Civil Veterinary Department. United Provinces 1932-42 - 1932-1942
Year: 1932
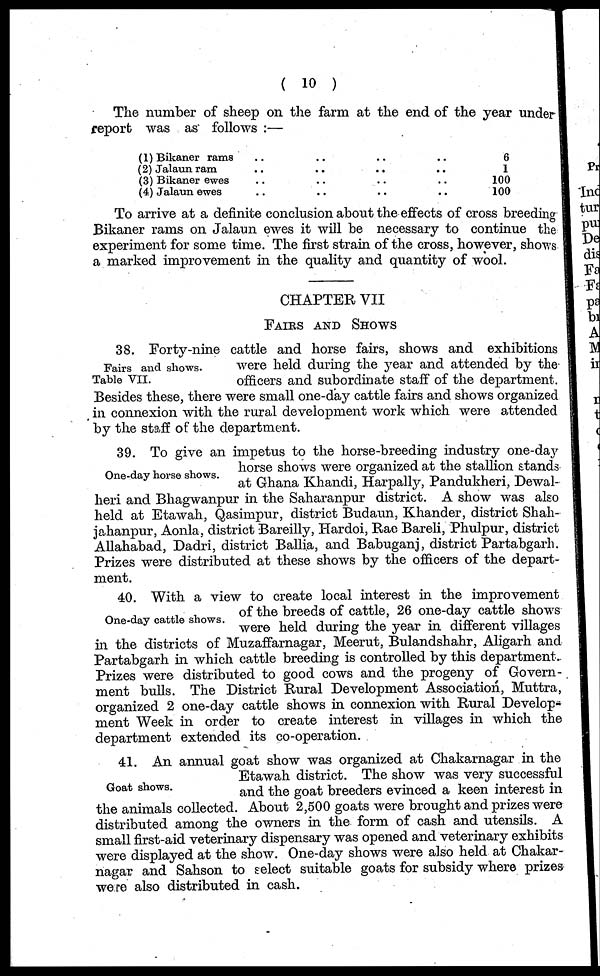
( 10 )
The number of sheep on the farm at the end of the year under
report was as follows:—
(1) Bikaner rams .. .. .. ..
(2) Jalaun ram .. .. .. ..
(3) Bikaner ewes .. .. .. ..
(4) Jalaun ewes .. .. .. ..
6
1
100
100
To arrive at a definite conclusion about the effects of cross breeding
Bikaner rams on Jalaun ewes it will be necessary to continue the
experiment for some time. The first strain of the cross, however, shows
a marked improvement in the quality and quantity of wool.
CHAPTER VII
FAIRS AND SHOWS
Fairs and shows.
Table VII.
38. Forty-nine cattle and horse fairs, shows and exhibitions
were held during the year and attended by the
officers and subordinate staff of the department.
Besides these, there were small one-day cattle fairs and shows organized
in connexion with the rural development work which were attended
by the staff of the department.
One-day horse shows.
39. To give an impetus to the horse-breeding industry one-day
horse shows were organized at the stallion stands
at Ghana Khandi, Harpally, Pandukheri, Dewal-
heri and Bhagwanpur in the Saharanpur district. A show was also
held at Etawah, Qasimpur, district Budaun, Khander, district Shah-
jahanpur, Aonla, district Bareilly, Hardoi, Rae Bareli, Phulpur, district
Allahabad, Dadri, district Ballia, and Babuganj, district Partabgarh.
Prizes were distributed at these shows by the officers of the depart-
ment.
One-day cattle shows.
40. With a view to create local interest in the improvement
of the breeds of cattle, 26 one-day cattle shows
were held during the year in different villages
in the districts of Muzaffarnagar, Meerut, Bulandshahr, Aligarh and
Partabgarh in which cattle breeding is controlled by this department
Prizes were distributed to good cows and the progeny of Govern-
ment bulls. The District Rural Development Association, Muttra,
organized 2 one-day cattle shows in connexion with Rural Develop-
ment Week in order to create interest in villages in which the
department extended its co-operation.
Goat shows.
41. An annual goat show was organized at Chakarnagar in the
Etawah district. The show was very successful
and the goat breeders evinced a keen interest in
the animals collected. About 2,500 goats were brought and prizes were
distributed among the owners in the form of cash and utensils. A
small first-aid veterinary dispensary was opened and veterinary exhibits
were displayed at the show. One-day shows were also held at Chakar-
nagar and Sahson to select suitable goats for subsidy where prizes
were also distributed in cash.